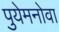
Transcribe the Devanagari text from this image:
पुयेमनोवा